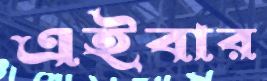
এইবার